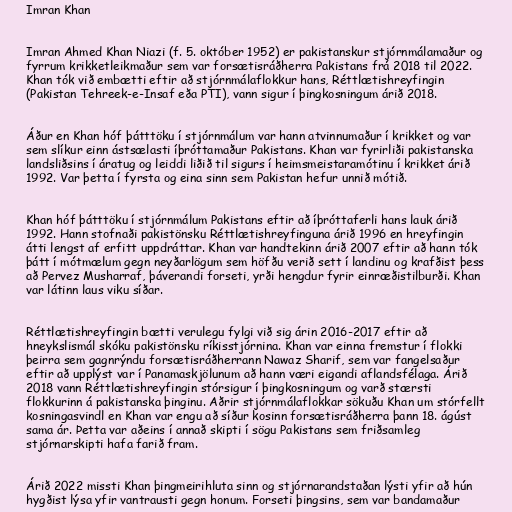
Imran Khan

Imran Ahmed Khan Niazi (f. 5. október 1952) er pakistanskur stjórnmálamaður og
fyrrum krikketleikmaður sem var forsætisráðherra Pakistans frá 2018 til 2022.
Khan tók við embætti eftir að stjórnmálaflokkur hans, Réttlætishreyfingin
(Pakistan Tehreek-e-Insaf eða PTI), vann sigur í þingkosningum árið 2018.

Áður en Khan hóf þátttöku í stjórnmálum var hann atvinnumaður í krikket og var
sem slíkur einn ástsælasti íþróttamaður Pakistans. Khan var fyrirliði pakistanska
landsliðsins í áratug og leiddi liðið til sigurs í heimsmeistaramótinu í krikket árið
1992. Var þetta í fyrsta og eina sinn sem Pakistan hefur unnið mótið.

Khan hóf þátttöku í stjórnmálum Pakistans eftir að íþróttaferli hans lauk árið
1992. Hann stofnaði pakistönsku Réttlætishreyfinguna árið 1996 en hreyfingin
átti lengst af erfitt uppdráttar. Khan var handtekinn árið 2007 eftir að hann tók
þátt í mótmælum gegn neyðarlögum sem höfðu verið sett í landinu og krafðist þess
að Pervez Musharraf, þáverandi forseti, yrði hengdur fyrir einræðistilburði. Khan
var látinn laus viku síðar.

Réttlætishreyfingin bætti verulegu fylgi við sig árin 2016-2017 eftir að
hneykslismál skóku pakistönsku ríkisstjórnina. Khan var einna fremstur í flokki
þeirra sem gagnrýndu forsætisráðherrann Nawaz Sharif, sem var fangelsaður
eftir að upplýst var í Panamaskjölunum að hann væri eigandi aflandsfélaga. Árið
2018 vann Réttlætishreyfingin stórsigur í þingkosningum og varð stærsti
flokkurinn á pakistanska þinginu. Aðrir stjórnmálaflokkar sökuðu Khan um stórfellt
kosningasvindl en Khan var engu að síður kosinn forsætisráðherra þann 18. ágúst
sama ár. Þetta var aðeins í annað skipti í sögu Pakistans sem friðsamleg
stjórnarskipti hafa farið fram.

Árið 2022 missti Khan þingmeirihluta sinn og stjórnarandstaðan lýsti yfir að hún
hygðist lýsa yfir vantrausti gegn honum. Forseti þingsins, sem var bandamaður